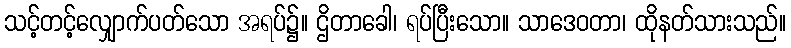
သင့်တင့်လျှောက်ပတ်သော အရပ်၌။ ဌိတာခေါ၊ ရပ်ပြီးသော။ သာဒေဝတာ၊ ထိုနတ်သားသည်။